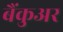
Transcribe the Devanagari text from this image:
बैंकुअर